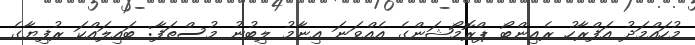
މުހައްމަދު އަފްރާހު ރެއިންބޯ ޕްރޮމޯޝަންގެ އެއްވަނަ އިނާމު ލިބުނު މުސްތަފާ: ބައިލައްކަ ރުފިޔާގެ